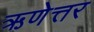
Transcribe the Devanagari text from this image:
ऋणेत्तर